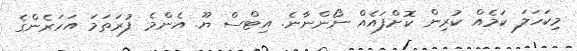
މިކަހަލަ ކަމެއް ކުރިން ކޮށްފައެއް ނޯންނާނެ. އިޓްސް ޔޫ. އެންމެ ފުރަތަމަ އަހަރެންގެ